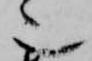
也